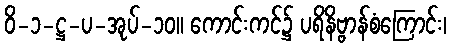
ဝိ-၁-ဋ္ဌ-ပ-အုပ်-၁၀။ ကောင်းကင်၌ ပရိနိဗ္ဗာန်စံကြောင်း၊